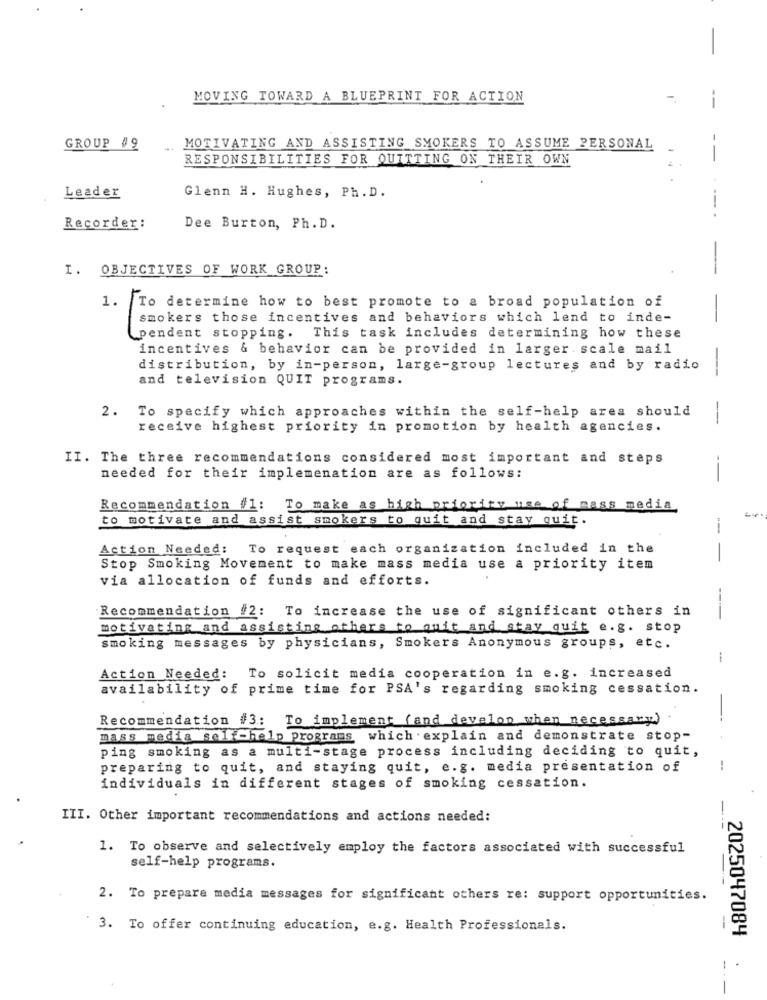
MOVING TOWARD A BLUEPRINT FOR ACTION
GROUP #9
MOTIVATING AND ASSISTING SMOKERS TO ASSUME PERSONAL
RESPONSIBILITIES FOR QUITTING ON THEIR OWN
--
Leader
Glenn H. Hughes, Ph. D.
Recorder:
Dee Burton, Ph. D.
I. OBJECTIVES OF WORK GROUP:
To determine how to best promote to a broad population of
1.
smokers those incentives and behaviors which lend to inde-
pendent stopping. This task includes determining how these
incentives & behavior can be provided in larger scale mail
distribution, by in-person, large-group lectures and by radio
--
and television QUIT programs.
2.
To specify which approaches within the self-help area should
---
receive highest priority in promotion by health agencies.
II. The three recommendations considered most important and steps
needed for their implemenation are as follows:
--
Recommendation #1: To make as high priority use of mass media,
to motivate and assist smokers to quit and stay quit.
Action Needed: To request each organization included in the
-
Stop Smoking Movement to make mass media use a priority item
via allocation of funds and efforts.
Recommendation #2: To increase the use of significant others in
----
motivating and assisting others to quit and stay quit e.g. stop
smoking messages by physicians, Smokers Anonymous groups, etc.
--
Action Needed: To solicit media cooperation in e.g. increased
availability of prime time for PSA's regarding smoking cessation.
-
Recommendation #3: To implement (and develop when necessary)
mass media self-help programs which . explain and demonstrate stop-
ping smoking as a multi-stage process including deciding to quit,
preparing to quit, and staying quit, e. g. media presentation of
individuals in different stages of smoking cessation.
III. Other important recommendations and actions needed:
1. To observe and selectively employ the factors associated with successful
self-help programs.
2. To prepare media messages for significant others re: support opportunities.
3. To offer continuing education, e.g. Health Professionals.
2025047084
-